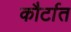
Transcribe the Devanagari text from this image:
कौर्टात